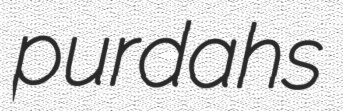
purdahs